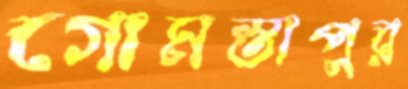
গোমস্তাপুর